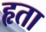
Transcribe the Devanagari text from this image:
हृता